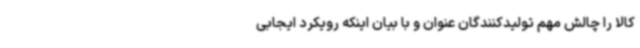
کالا را چالش مهم تولیدکنندگان عنوان و با بیان اینکه رویکرد ایجابی